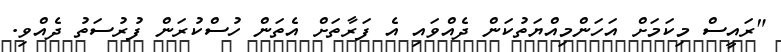
"ރައީސް މިކަމަށް އަހަންމިއްޔަތުކަން ދެއްވައި އެ ފަރާތަށް އެތަން ހުސްކުރަން ފުރުސަތު ދެއްވި.